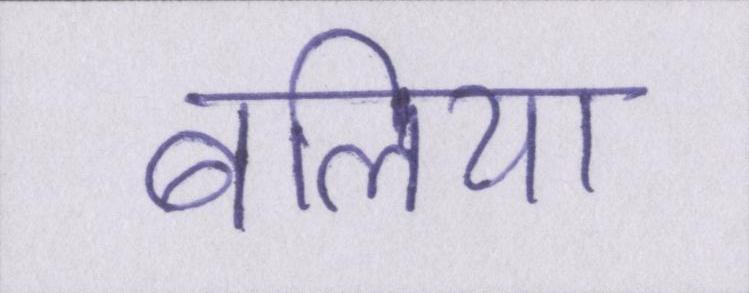
बलिया